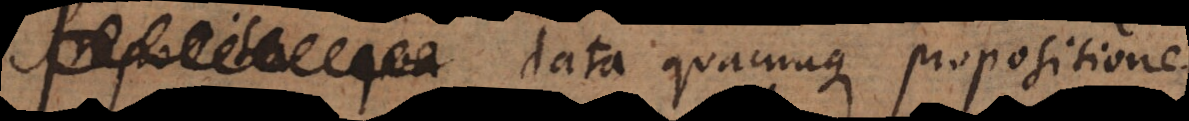
e data quacunque propositione